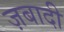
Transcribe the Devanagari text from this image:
ज़बादी